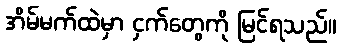
အိမ်မက်ထဲမှာ ငှက်တွေကို မြင်ရသည်။